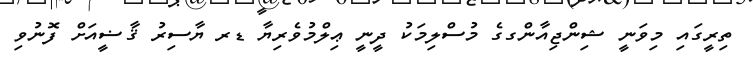
ތިރީގައި މިވަނީ ޝިންޖިއާންގގެ މުސްލިމަކު ދީނީ ޢިލްމުވެރިޔާ ޑރ ޔާސިރު ޤާޟީއަށް ފޮނުވި